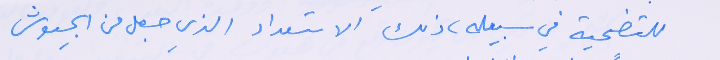
للتضحية في سبيله، ذلك الاستعداد الذي جعل من الجيوش